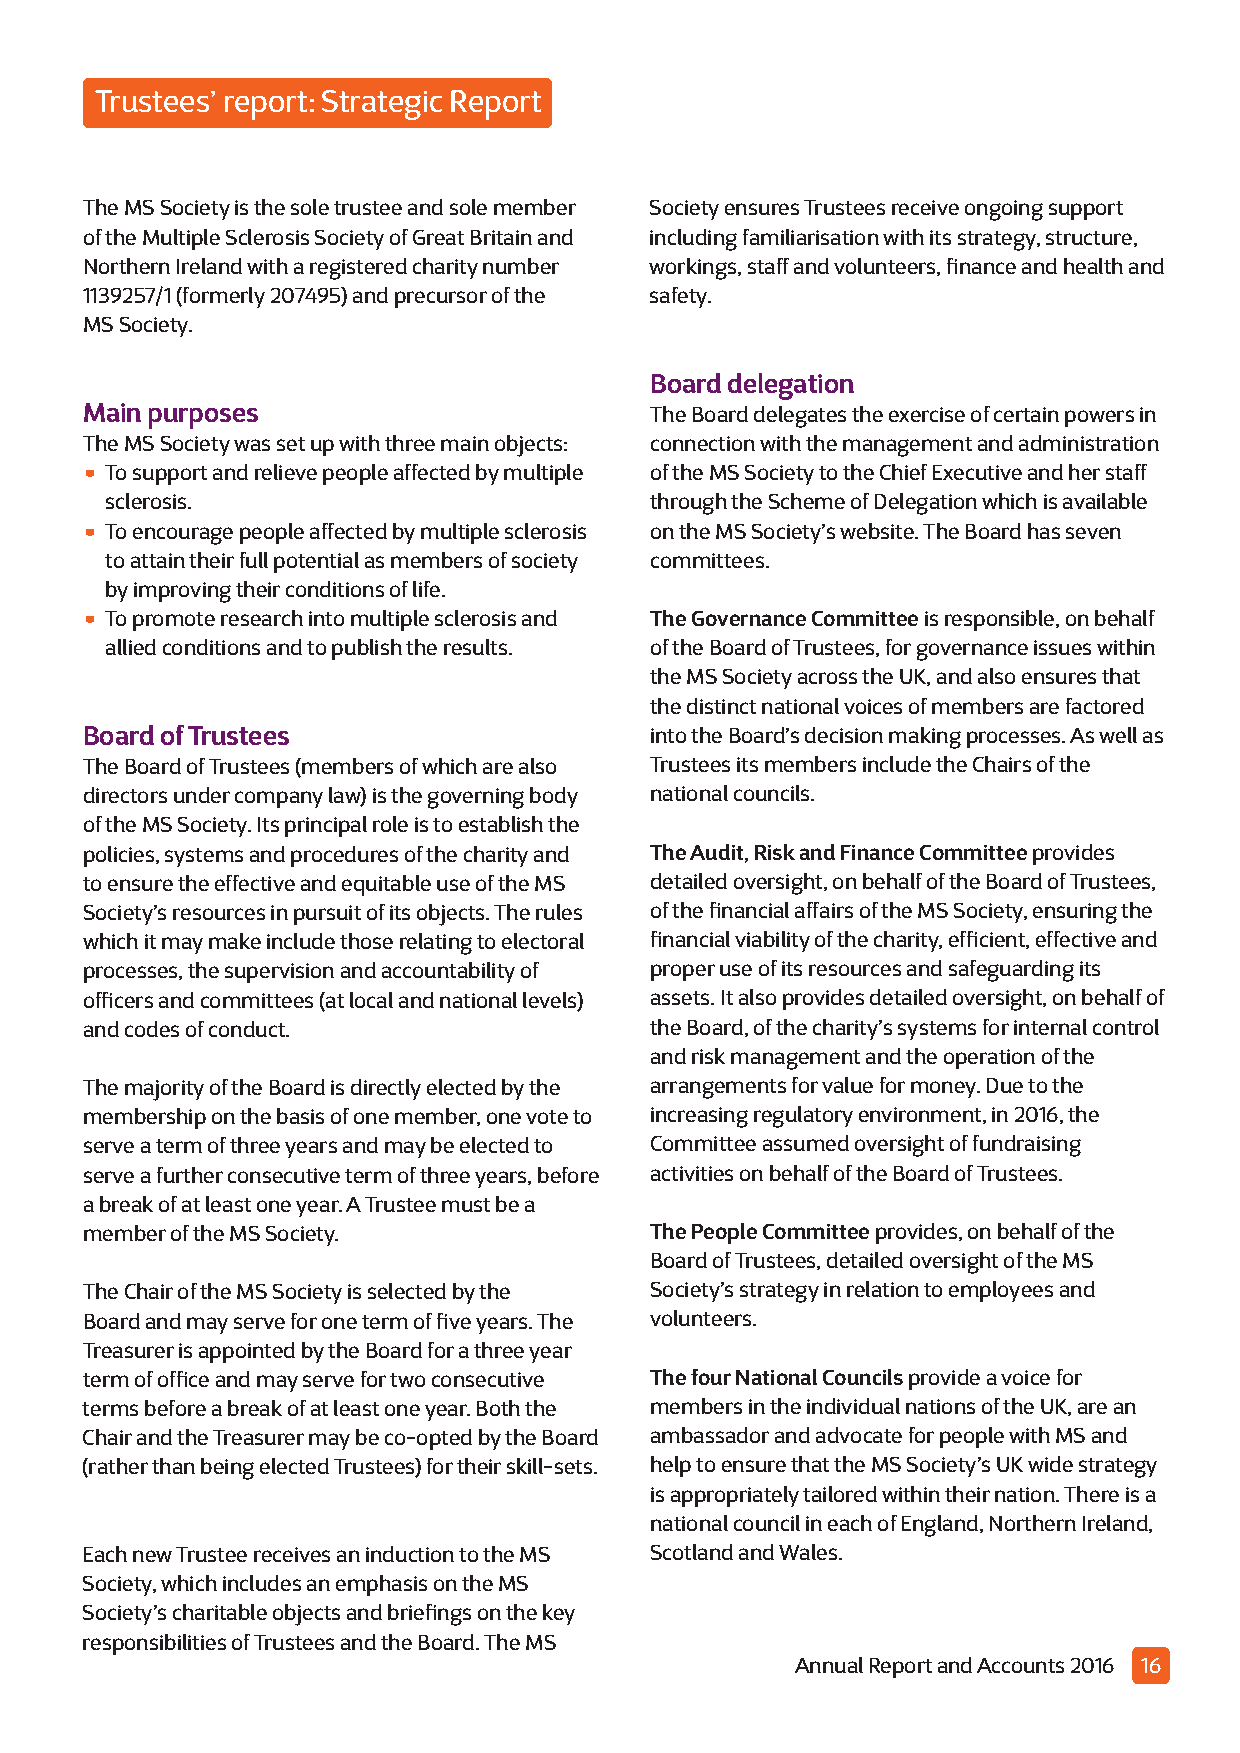
Trustees’ report: Strategic Report
 The MS Society is the sole trustee and sole member Society ensures Trustees receive ongoing support
 of the Multiple Sclerosis Society of Great Britain and including familiarisation with its strategy, structure,
 Northern Ireland with a registered charity number workings, staff and volunteers, finance and health and
 1139257/1 (formerly 207495) and precursor of the safety.
 MS Society.
 Board delegation
 Main purposes                         The Board delegates the exercise of certain powers in
 The MS Society was set up with three main objects: connection with the management and administration
 •
 To support and relieve people affected by multiple of the MS Society to the Chief Executive and her staff
 sclerosis.                          through the Scheme of Delegation which is available
 •
 To encourage people affected by multiple sclerosis on the MS Society’s website. The Board has seven
 to attain their full potential as members of society committees.
 by improving their conditions of life.
 •
 To promote research into multiple sclerosis and The Governance Committeeis responsible, on behalf
 allied conditions and to publish the results. of the Board of Trustees, for governance issues within
 the MS Society across the UK, and also ensures that
 the distinct national voices of members are factored
 Board of Trustees                     into the Board’s decision making processes. As well as
 The Board of Trustees (members of which are also Trustees its members include the Chairs of the
 directors under company law) is the governing body national councils.
 of the MS Society. Its principal role is to establish the
 policies, systems and procedures of the charity and The Audit, Risk and Finance Committeeprovides
 to ensure the effective and equitable use of the MS detailed oversight, on behalf of the Board of Trustees,
 Society’s resources in pursuit of its objects. The rules of the financial affairs of the MS Society, ensuring the
 which it may make include those relating to electoral financial viability of the charity, efficient, effective and
 processes, the supervision and accountability of proper use of its resources and safeguarding its
 officers and committees (at local and national levels) assets. It also provides detailed oversight, on behalf of
 and codes of conduct.                 the Board, of the charity’s systems for internal control
 and risk management and the operation of the
 The majority of the Board is directly elected by the arrangements for value for money. Due to the
 membership on the basis of one member, one vote to increasing regulatory environment, in 2016, the
 serve a term of three years and may be elected to Committee assumed oversight of fundraising
 serve a further consecutive term of three years, before activities on behalf of the Board of Trustees.
 a break of at least one year. A Trustee must be a
 member of the MS Society.             The People Committeeprovides, on behalf of the
 Board of Trustees, detailed oversight of the MS
 The Chair of the MS Society is selected by the Society’s strategy in relation to employees and
 Board and may serve for one term of five years. The volunteers.
 Treasurer is appointed by the Board for a three year
 term of office and may serve for two consecutive The four National Councilsprovide a voice for
 terms before a break of at least one year. Both the members in the individual nations of the UK, are an
 Chair and the Treasurer may be co-opted by the Board ambassador and advocate for people with MS and
 (rather than being elected Trustees) for their skill-sets. help to ensure that the MS Society’s UK wide strategy
 is appropriately tailored within their nation. There is a
 national council in each of England, Northern Ireland,
 Each new Trustee receives an induction to the MS Scotland and Wales.
 Society, which includes an emphasis on the MS
 Society’s charitable objects and briefings on the key
 responsibilities of Trustees and the Board. The MS
 Annual Report and Accounts 2016 16